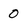
Character: 0